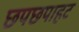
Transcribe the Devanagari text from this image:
छपछपाहट